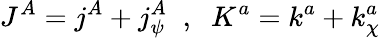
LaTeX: J^{A}=j^{A}+j_{\psi}^{A}\; \; ,\; \; K^{a}=k^{a}+k_{\chi}^{a}